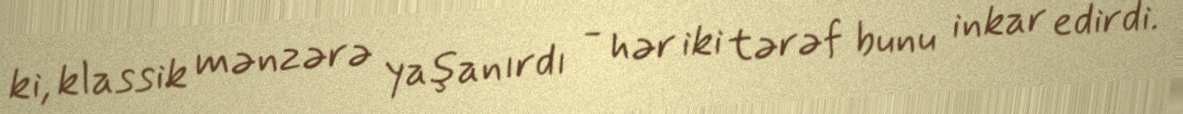
ki, klassik mənzərə yaşanırdı - hər iki tərəf bunu inkar edirdi.